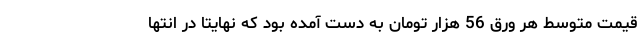
قیمت متوسط هر ورق 56 هزار تومان به دست آمده بود که نهایتا در انتها